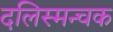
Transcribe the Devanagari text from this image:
दलिस्मन्चक